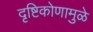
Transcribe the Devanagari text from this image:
दृष्टिकोणामुळे